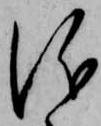
儀